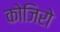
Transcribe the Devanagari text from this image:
कोजिरो